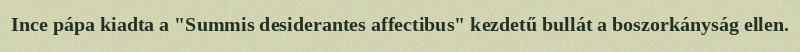
Ince pápa kiadta a "Summis desiderantes affectibus" kezdetű bullát a boszorkányság ellen.